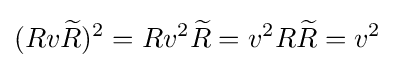
(Rv{\widetilde {R}})^{2}=Rv^{2}{\widetilde {R}}=v^{2}R{\widetilde {R}}=v^{2}